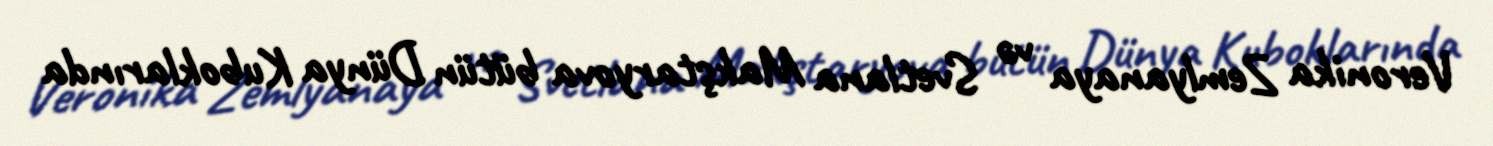
Veronika Zemlyanaya və Svetlana Makştaryova bütün Dünya Kuboklarında